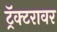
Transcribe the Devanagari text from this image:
ट्रॅक्टरावर